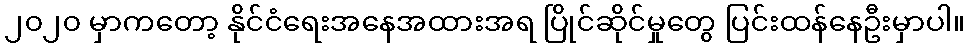
၂၀၂၀ မှာကတော့ နိုင်ငံရေးအနေအထားအရ ပြိုင်ဆိုင်မှုတွေ ပြင်းထန်နေဦးမှာပါ။